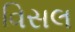
વિસલ